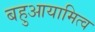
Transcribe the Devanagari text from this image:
बहुआयामित्व